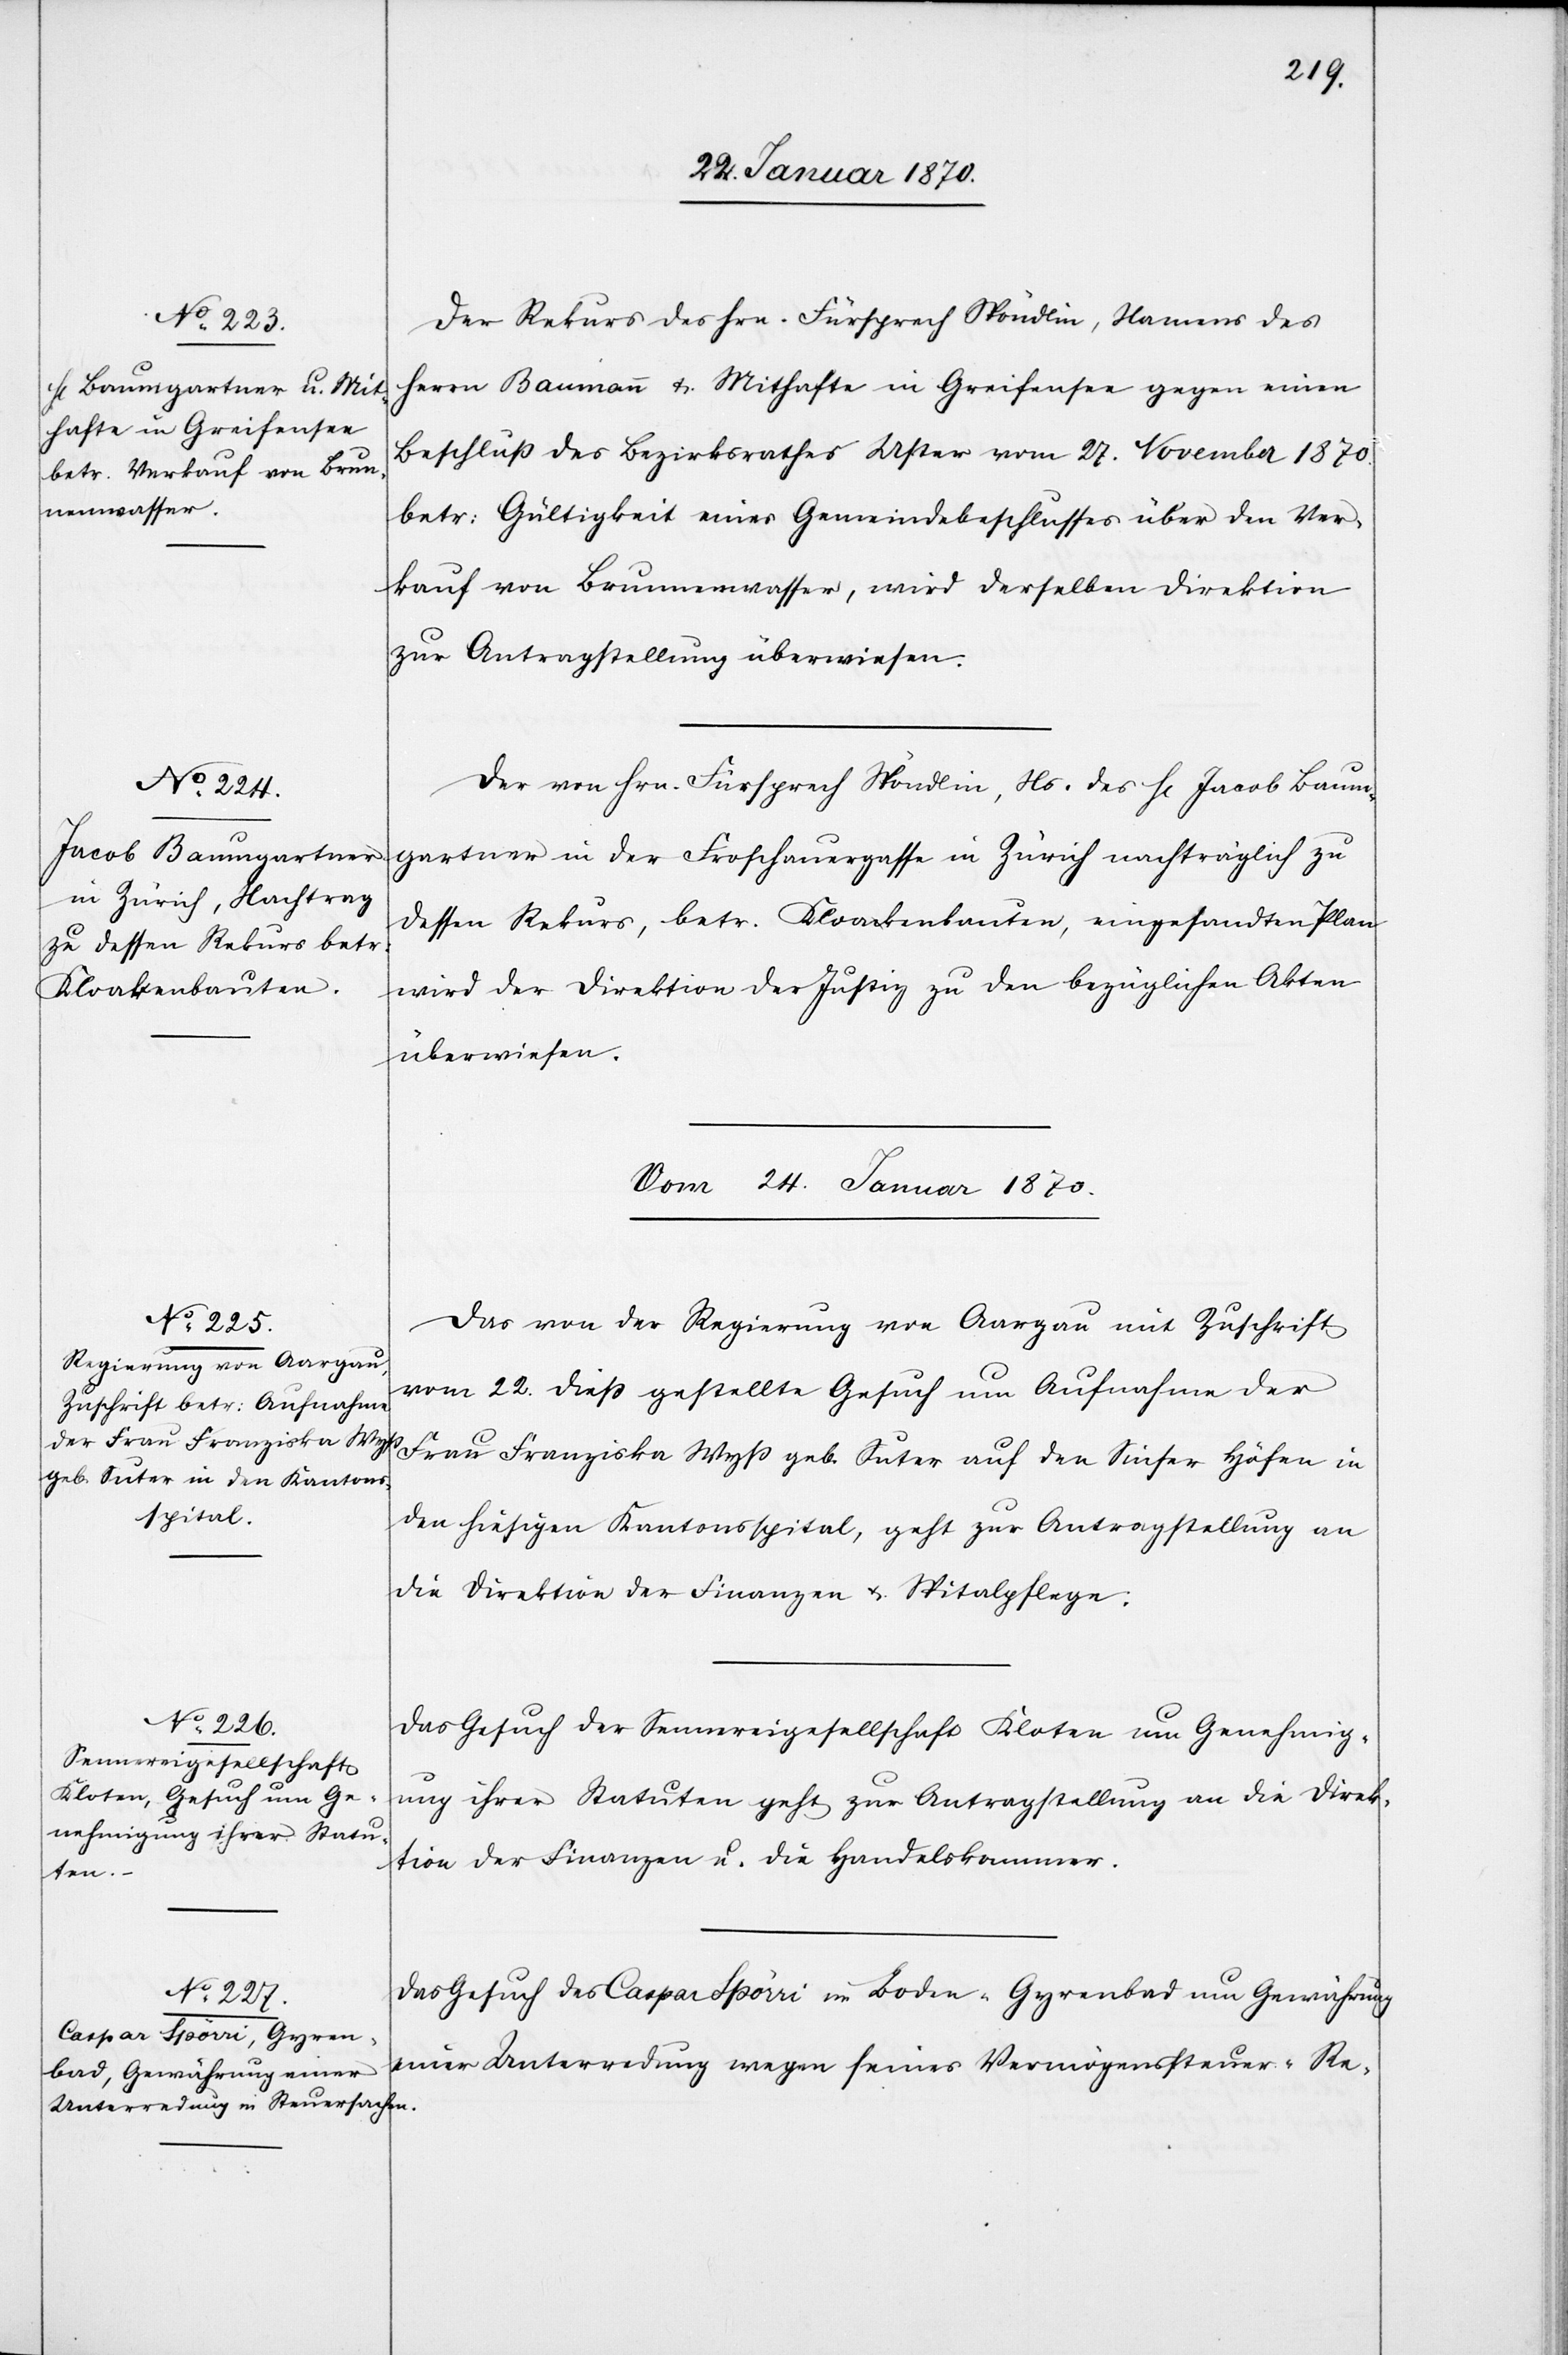
22. Januar 1870.]
Der Rekurs des Hrn. Fürsprech Spöndlin, namens des
Herrn Baumann u. Mithafte in Greifensee gegen einen
Beschluß des Bezirksrathes Uster vom 27. November 1870.
betr: Gültigkeit eines Gemeindebeschlusses über den Ver¬
kauf von Brunnenwasser, wird derselben Direktion
zur Antragstellung überwiesen.
Der von Hrn. Fürsprech Spöndlin, Ns. des H[errn] Jacob Baum¬
gartner in der Froschauergasse in Zürich nachträglich zu
dessen Rekurs, betr. Kloakenbauten, eingesandten Plan
wird der Direktion der Justiz zu den bezüglichen Akten
überwiesen.
Vom 24. Januar 1870.]
Das von der Regierung von Aargau mit Zuschrift
vom 22. dieß gestellte Gesuch um Aufnahme der
Frau Franziska Wyß geb. Suter auf den Sinser Höfen in
den hiesigen Kantonsspital, geht zur Antragstellung an
die Direktion der Finanzen u. Spitalpflege.
Das Gesuch der Sennereigesellschaft Kloten um Genehmig¬
ung ihrer Statuten geht zur Antragstellung an die Direk¬
tion der Finanzen u. die Handelskammer.
Das Gesuch des Caspar Spörri in Boden-Gyrenbad um Gewährung
einer Unterredung wegen seines Vermögenssteuer-Re-